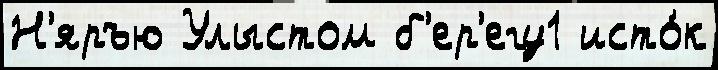
Н'яръю Улыстом б'ер'егу1 исто́к